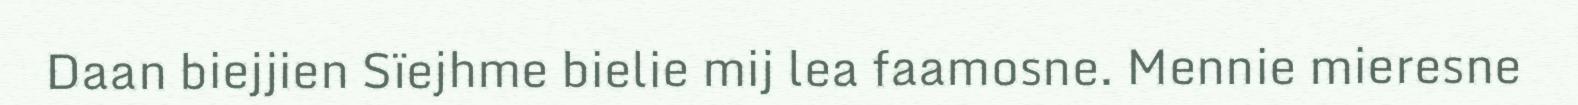
Daan biejjien Sïejhme bielie mij lea faamosne. Mennie mieresne